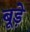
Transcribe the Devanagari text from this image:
बूड़े